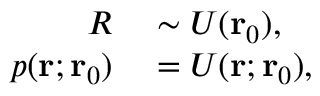
\begin{array} { r l } { R } & { { } \sim U ( \mathbf { r } _ { 0 } ) , } \\ { p ( \mathbf { r } ; \mathbf { r } _ { 0 } ) } & { { } = U ( \mathbf { r } ; \mathbf { r } _ { 0 } ) , } \end{array}